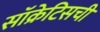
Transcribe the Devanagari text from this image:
सॉक्रेटिसची